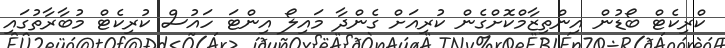
ކްރިކެޓް ބޯޑުން އިންތިޒާމްކޮށްގެން ކުރިއަށް ގެންދާ މައިލޯ އިންޓަ ހައުސް ކުރިކެޓް މުބާރާތުގައި